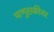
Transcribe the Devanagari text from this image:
माणुसकीवर